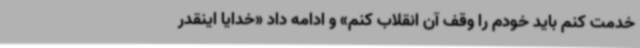
خدمت کنم باید خودم را وقف آن انقلاب کنم» و ادامه داد «خدایا اینقدر